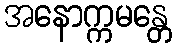
အနောက္ကမန္တေ